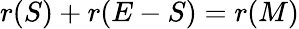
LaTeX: r(S)+r(E-S)=r(M)